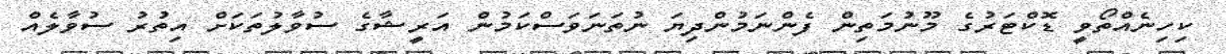
ކިހިނެއްތޯވީ ޑޮކްޓަރުގެ މޫނުމަތިން ފެންނަމުންދިޔަ ނުތަނަވަސްކަމުން އަރީޝާގެ ސުވާލުތަކަށް އިތުރު ސުވާލެއް